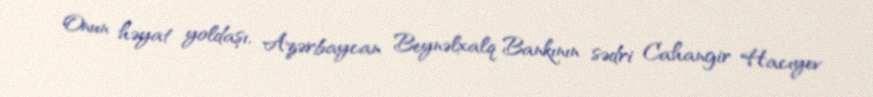
Onun həyat yoldaşı, Azərbaycan Beynəlxalq Bankının sədri Cahangir Hacıyev